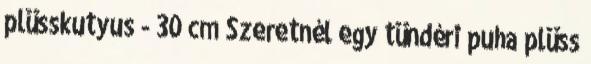
plüsskutyus - 30 cm Szeretnél egy tündéri puha plüss